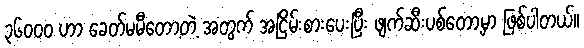
၃၆၀၀၀ ဟာ ခေတ်မမီတော့တဲ့ အတွက် အငြိမ်းစားပေးပြီး ဖျက်ဆီးပစ်တော့မှာ ဖြစ်ပါတယ်။